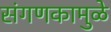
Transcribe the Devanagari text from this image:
संगणकामुळे